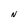
Character: N